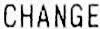
CHANGE